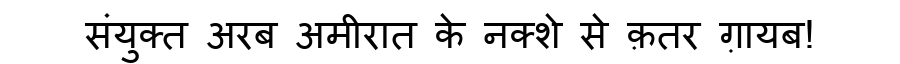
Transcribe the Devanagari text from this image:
संयुक्त अरब अमीरात के नक्शे से क़तर ग़ायब!